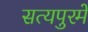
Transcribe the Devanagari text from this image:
सत्यपुरमें